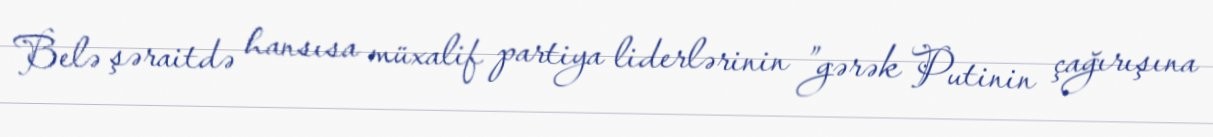
Belə şəraitdə hansısa müxalif partiya liderlərinin ”gərək Putinin çağırışına